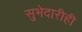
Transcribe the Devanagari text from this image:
सुभेदारीही